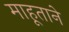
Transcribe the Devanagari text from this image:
माहूताने